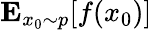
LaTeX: \mathbf{E}_{{x_{0}}\sim p}[f(x_{0})]